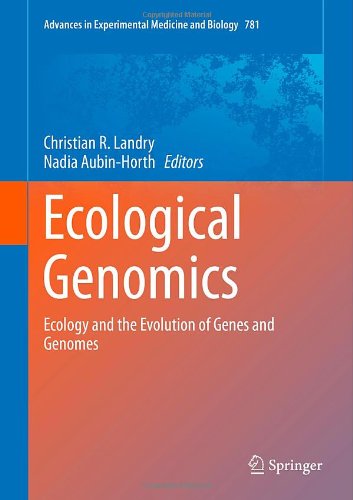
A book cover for Ecological Genomics: Ecology and the Evolution of Genes and Genomes (Advances in Experimental Medicine and Biology); Computers & Technology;